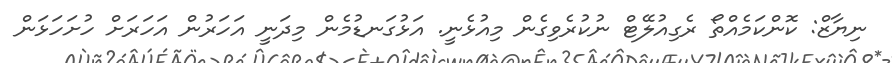
ނިޔާޒް: ކޮންކަމެއްތޯ ރެގިއުލޭޓް ނުކުރެވިގެން މިއުޅެނީ. އަޅުގަނޑުމެން މިދަނީ އަހަރުން އަހަރަށް ހުށަހަޅަން